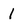
Character: 1